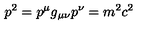
p ^ { 2 } = p ^ { \mu } g _ { \mu \nu } p ^ { \nu } = m ^ { 2 } c ^ { 2 }